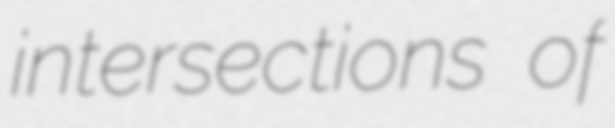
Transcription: intersections of